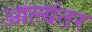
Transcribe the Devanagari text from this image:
आल्यंतर